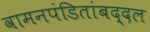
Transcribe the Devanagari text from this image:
वामनपंडितांबद्दल